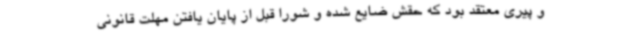
و پیری معتقد بود که حقش ضایع شده و شورا قبل از پایان یافتن مهلت قانونی